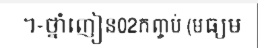
។-ថ្នាំញៀន02កញ្ចប់ (មធ្យម